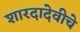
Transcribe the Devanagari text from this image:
शारदादेवीचे